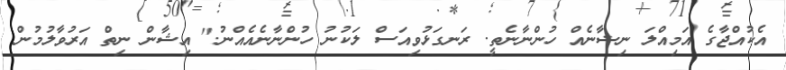
އެކުއްޖާގެ އަމިއްލަ ނިޝާނެއް ހުންނާނެތީ. ރަނގަޅުވިއަސް ލަކުނު ހުންނާނެއެއްނު." އިޝާން ނިތް އަރުވާލުމުން